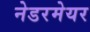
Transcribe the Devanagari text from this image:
नेडरमेयर